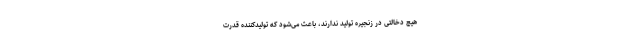
هیچ دخالتی در زنجیره تولید ندارند، باعث می‌شود که تولیدکننده قدرت